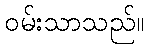
ဝမ်းသာသည်။